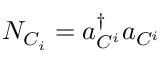
N _ { C _ { i } } = a _ { C ^ { i } } ^ { \dagger } a _ { C ^ { i } }